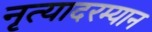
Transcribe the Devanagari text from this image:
नृत्यादरम्यान